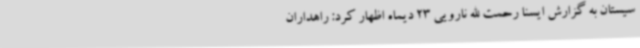
سیستان به گزارش ایسنا رحمت الله نارویی 23 دیماه اظهار کرد: راهداران